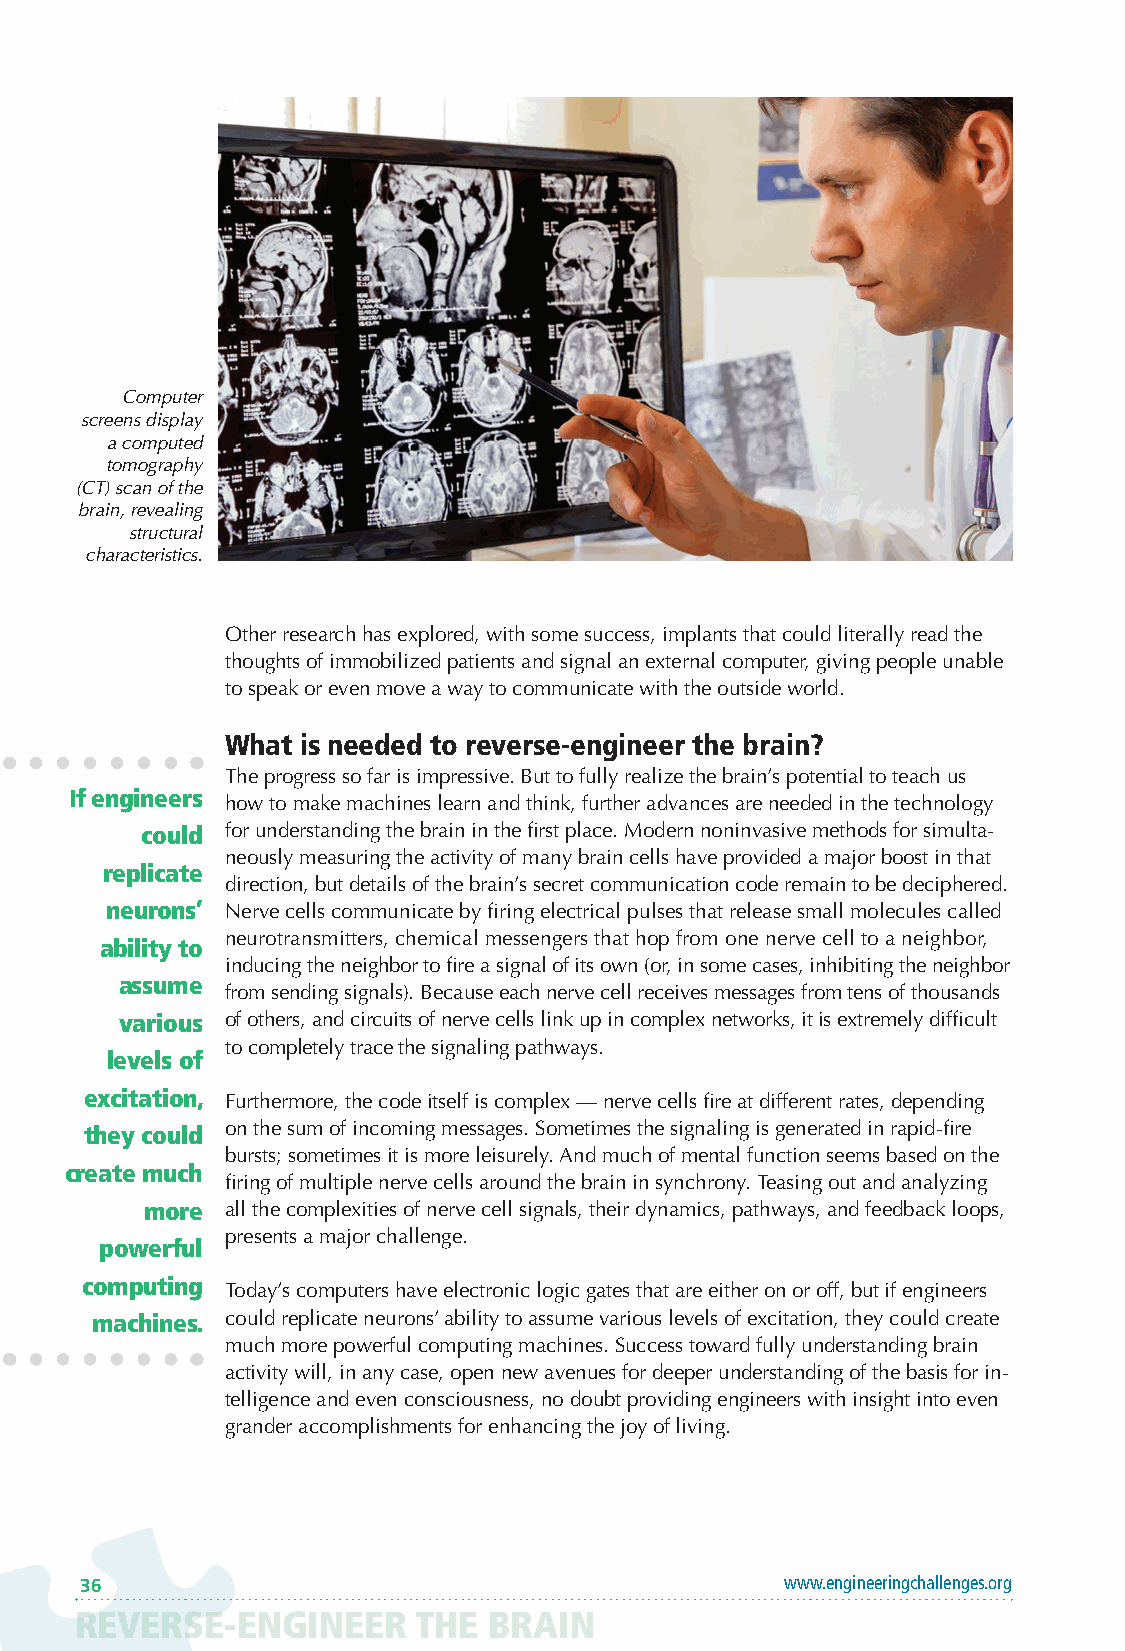
Computer
 screens display
 a computed
 tomography
 (CT) scan of the
 brain, revealing
 structural
 characteristics.
 Other research has explored, with some success, implants that could literally read the
 thoughts of immobilized patients and signal an external computer, giving people unable
 to speak or even move a way to communicate with the outside world.
 What is needed to reverse-engineer the brain?
 The progress so far is impressive. But to fully realize the brain’s potential to teach us
 If engineers
 how to make machines learn and think, further advances are needed in the technology
 could for understanding the brain in the first place. Modern noninvasive methods for simulta-
 neously measuring the activity of many brain cells have provided a major boost in that
 replicate
 direction, but details of the brain’s secret communication code remain to be deciphered.
 neurons’ Nerve cells communicate by firing electrical pulses that release small molecules called
 neurotransmitters, chemical messengers that hop from one nerve cell to a neighbor,
 ability to
 inducing the neighbor to fire a signal of its own (or, in some cases, inhibiting the neighbor
 assume
 from sending signals). Because each nerve cell receives messages from tens of thousands
 various of others, and circuits of nerve cells link up in complex networks, it is extremely difficult
 to completely trace the signaling pathways.
 levels of
 excitation, Furthermore, the code itself is complex — nerve cells fire at different rates, depending
 they could on the sum of incoming messages. Sometimes the signaling is generated in rapid-fire
 bursts; sometimes it is more leisurely. And much of mental function seems based on the
 create much
 firing of multiple nerve cells around the brain in synchrony. Teasing out and analyzing
 more all the complexities of nerve cell signals, their dynamics, pathways, and feedback loops,
 presents a major challenge.
 powerful
 computing
 Today’s computers have electronic logic gates that are either on or off, but if engineers
 machines. could replicate neurons’ ability to assume various levels of excitation, they could create
 much more powerful computing machines. Success toward fully understanding brain
 activity will, in any case, open new avenues for deeper understanding of the basis for in-
 telligence and even consciousness, no doubt providing engineers with insight into even
 grander accomplishments for enhancing the joy of living.
 36                                             www.engineeringchallenges.org
 REVERSE-ENGINEER       THE BRAIN